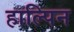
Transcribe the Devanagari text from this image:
हाल्पिन